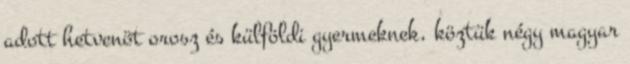
adott hetvenöt orosz és külföldi gyermeknek, köztük négy magyar